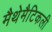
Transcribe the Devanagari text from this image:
मैथेमैटिकली